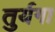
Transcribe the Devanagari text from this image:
तुर्यगा